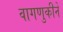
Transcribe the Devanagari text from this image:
वागणुकीने